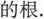
的根.